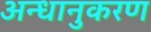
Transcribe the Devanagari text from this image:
अन्धानुकरण